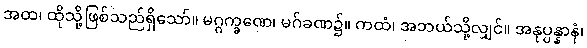
အထ၊ ထိုသို့ဖြစ်သည်ရှိသော်။ မဂ္ဂက္ခဏေ၊ မဂ်ခဏ၌။ ကထံ၊ အဘယ်သို့လျှင်။ အနုပ္ပန္နာနံ၊